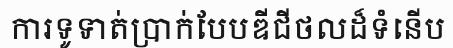
ការទូទាត់ប្រាក់បែបឌីជីថលដ៏ទំនើប